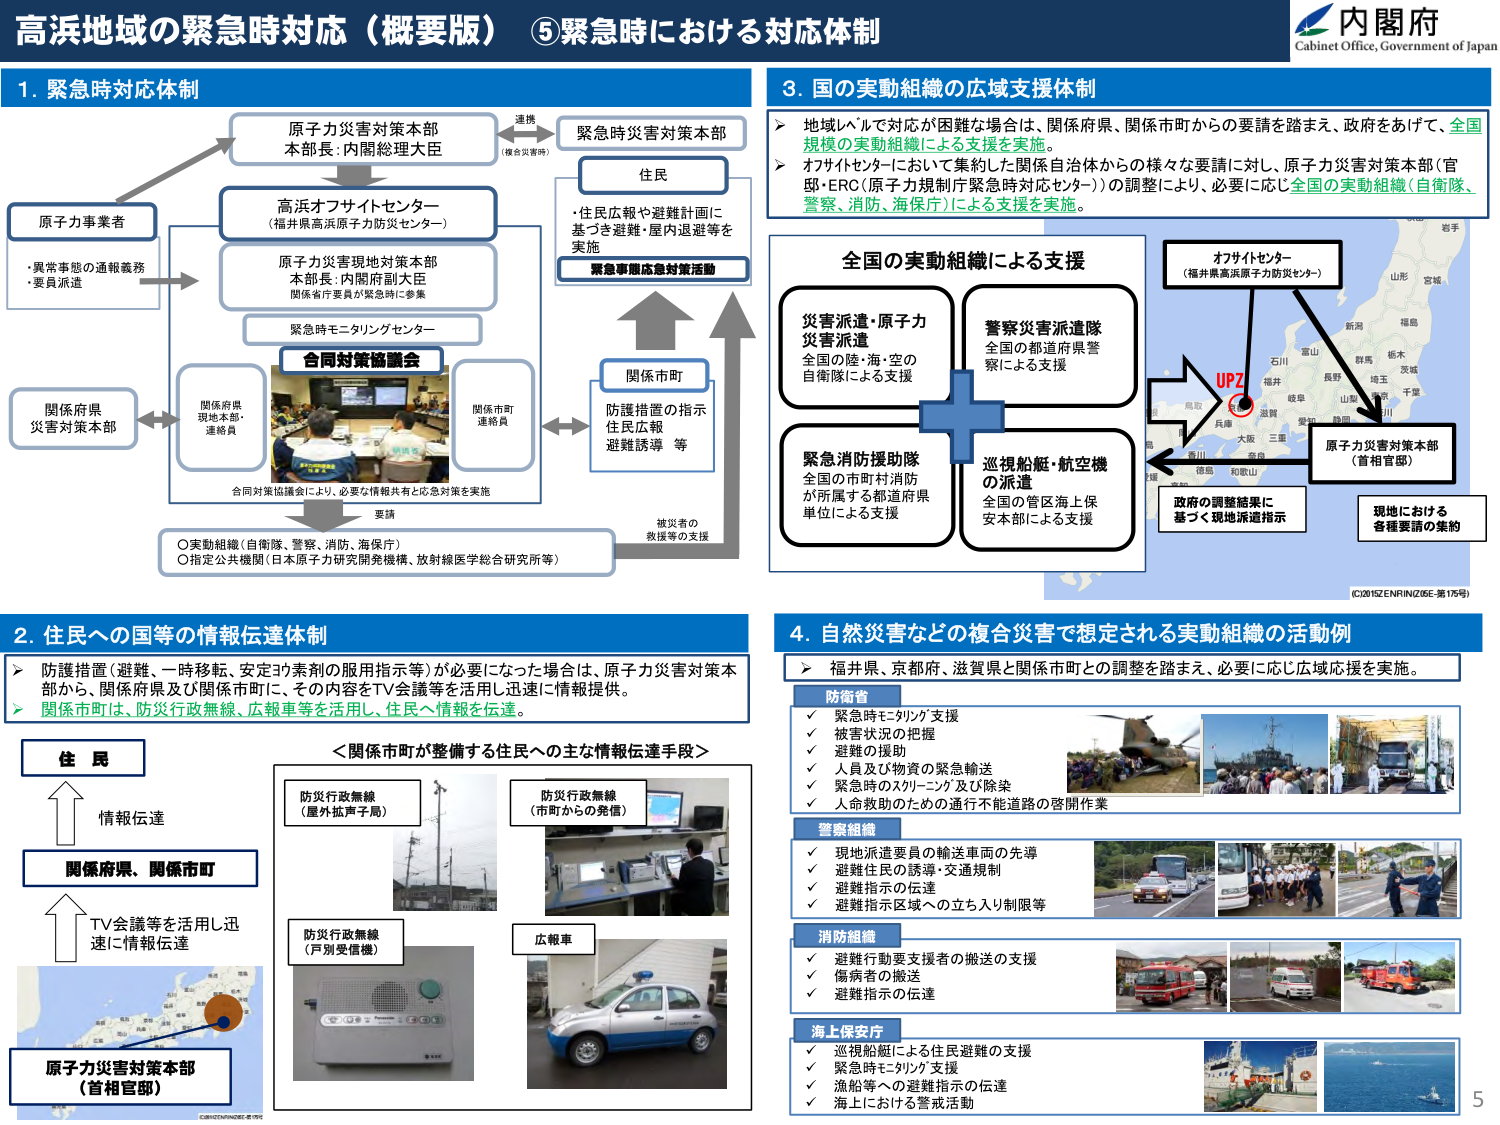
高浜地域の緊急時対応（概要版）⑤緊急時における対応体制
内閣府
Cabinet Office, Government of Japan

1. 緊急時対応体制
原子力災害対策本部
本部長：内閣総理大臣
緊急時災害対策本部
（複合災害時）
連携
住民
・住民広報や避難計画に
基づき避難・屋内退避等を
実施
緊急事態応対策活動
高浜オフサイトセンター
（福井県高浜原子力防災センター）
原子力災害現地対策本部
本部長：内閣府副大臣
関係省庁要員が緊急時に参集
緊急時モニタリングセンター
合同対策協議会
関係府県
現地本部、
連絡員
関係市町
連絡員
関係市町
防護措置の指示
住民広報
避難誘導 等
被災者の
救援等の支援
関係府県
災害対策本部
原子力事業者
・異常事態の通報義務
・要員派遣
合同対策協議会により、必要な情報共有と応急対策を実施
要請
○実動組織（自衛隊、警察、消防、海保庁）
○指定公共機関（日本原子力研究開発機構、放射線医学総合研究所等）

2. 住民への国等の情報伝達体制
▶ 防護措置（避難、一時移転、安定ヨウ素剤の服用指示等）が必要になった場合は、原子力災害対策本部から、関係府県及び関係市町に、その内容をTV会議等を活用し迅速に情報提供。
▶ 関係市町は、防災行政無線、広報車等を活用し、住民へ情報を伝達。
住民
情報伝達
関係府県、関係市町
TV会議等を活用し迅速に情報伝達
原子力災害対策本部
（首相官邸）
＜関係市町が整備する住民への主な情報伝達手段＞
防災行政無線
（屋外拡声子局）
防災行政無線
（市町からの発信）
防災行政無線
（戸別受信機）
広報車

3. 国の実動組織の広域支援体制
▶ 地域レベルで対応が困難な場合は、関係府県、関係市町からの要請を踏まえ、政府をあげて、全国規模の実動組織による支援を実施。
▶ オフサイトセンターにおいて集約した関係自治体からの様々な要請に対し、原子力災害対策本部（官邸・ERC（原子力規制庁緊急時対応センター））の調整により、必要に応じ全国の実動組織（自衛隊、警察、消防、海保庁）による支援を実施。
全国の実動組織による支援
災害派遣・原子力災害派遣
全国の陸・海・空の自衛隊による支援
警察災害派遣隊
全国の都道府県警察による支援
緊急消防援助隊
全国の市町村消防が所属する都道府県単位による支援
巡視船艇・航空機の派遣
全国の管区海上保安本部による支援
オフサイトセンター
（福井県高浜原子力防災センター）
UPZ
原子力災害対策本部
（首相官邸）
政府の調整結果に基づく現地派遣指示
現地における各種要請の集約
（C2015ZENRIN/ZGE-第175号）
岩手
山形
宮城
福島
新潟
富山
石川
福井
長野
岐阜
栃木
茨城
千葉
愛知
静岡
三重
兵庫
大阪
和歌山
奈良
鳥取
島根
広島
山口
徳島
香川
愛媛
高知
熊本
大分
宮崎
鹿児島
沖縄

4. 自然災害などの複合災害で想定される実動組織の活動例
▶ 福井県、京都府、滋賀県と関係市町との調整を踏まえ、必要に応じ広域応援を実施。
防衛省
✓ 緊急時モニタリング支援
✓ 被害状況の把握
✓ 避難の援助
✓ 人員及び物資の緊急輸送
✓ 緊急時のスクリーニング及び除染
✓ 人命救助のための通行不能道路の啓開作業
警察組織
✓ 現地派遣要員の輸送車両の先導
✓ 避難住民の誘導・交通規制
✓ 避難指示の伝達
✓ 避難指示区域への立ち入り制限等
消防組織
✓ 避難行動要支援者の搬送の支援
✓ 傷病者の搬送
✓ 避難指示の伝達
海上保安庁
✓ 巡視船艇による住民避難の支援
✓ 緊急時モニタリング支援
✓ 漁船等への避難指示の伝達
✓ 海上における警戒活動
(C2015ZENRIN/ZGE-第175号)
5